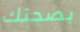
بصحتك